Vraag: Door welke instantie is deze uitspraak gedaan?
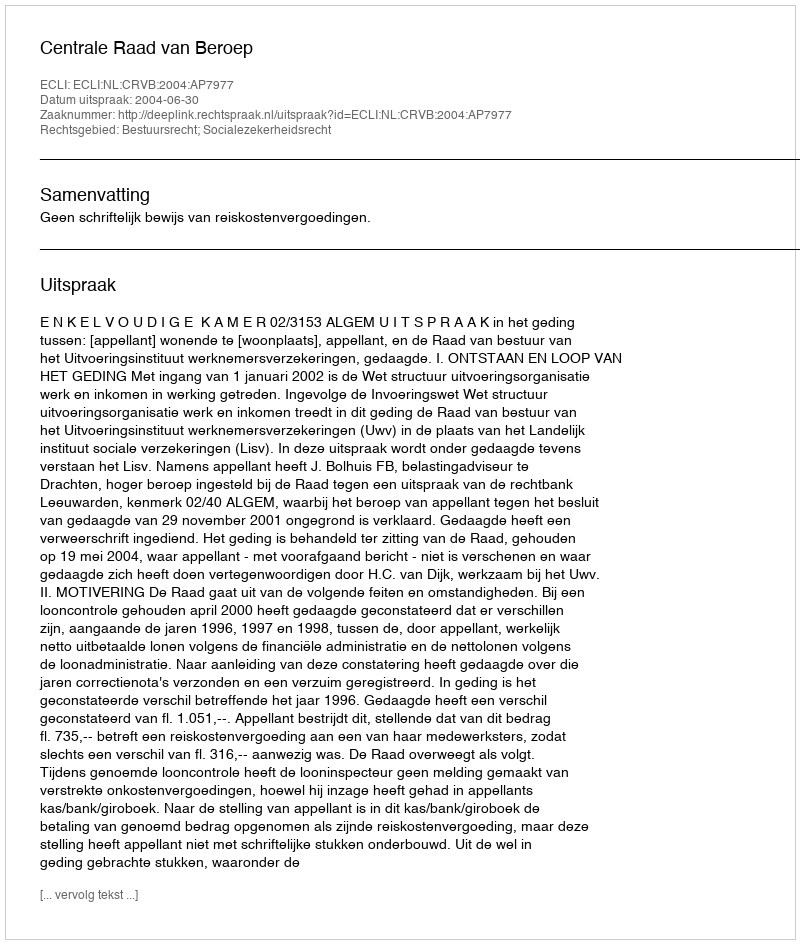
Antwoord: Centrale Raad van Beroep